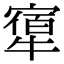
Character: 𤛝